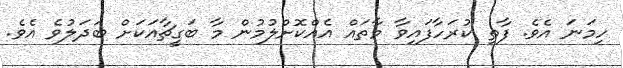
ހިމަނަ އެވެ. ފާތި ކުރަހާފައިވާ މާތައް އެއްކޮށްލުމުން މާ ބަގީޗާއަކަށް ބަދަލުވެ އެވެ.